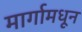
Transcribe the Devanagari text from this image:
मार्गामधून